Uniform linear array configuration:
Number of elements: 48
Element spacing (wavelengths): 1
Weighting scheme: blackman
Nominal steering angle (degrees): -15
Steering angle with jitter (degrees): -13.327
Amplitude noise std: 0.05
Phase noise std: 0.05

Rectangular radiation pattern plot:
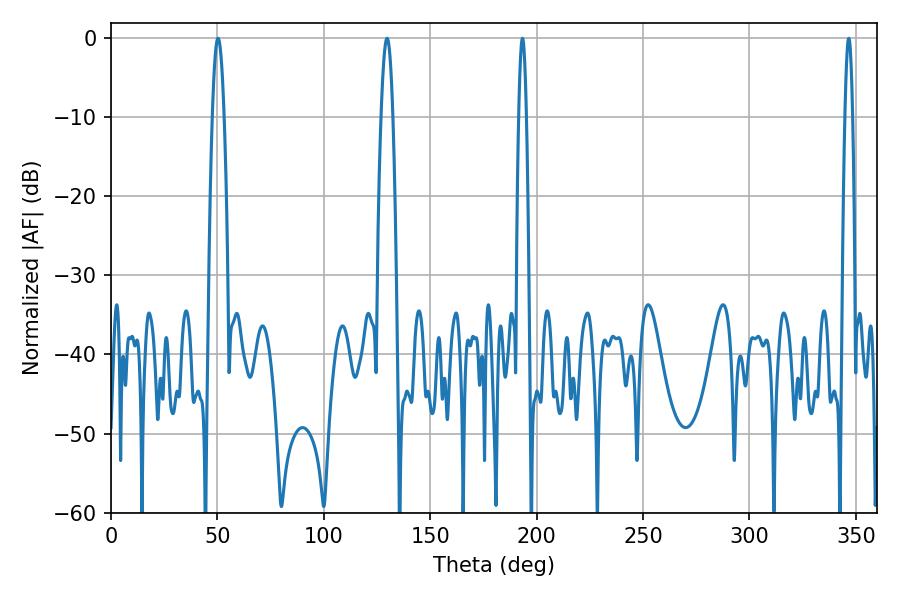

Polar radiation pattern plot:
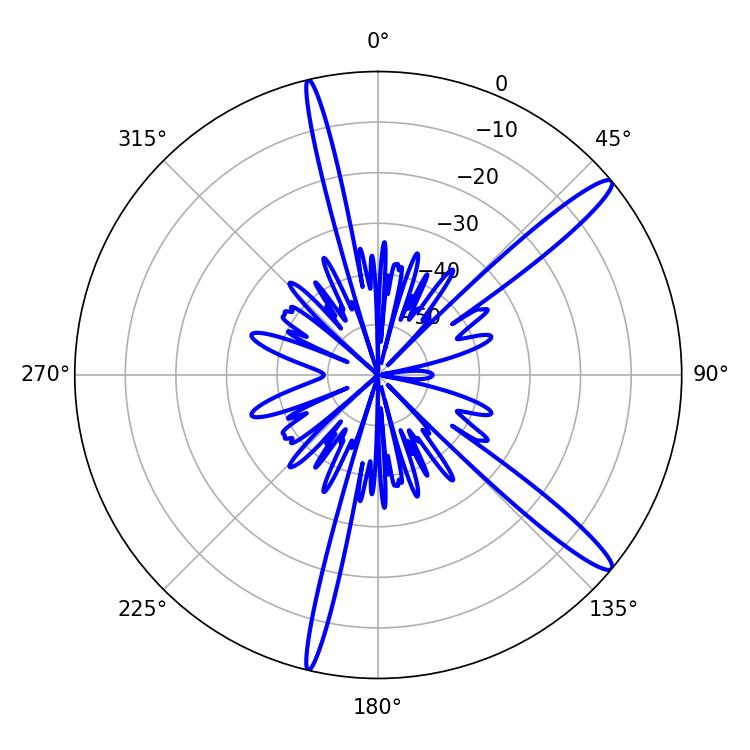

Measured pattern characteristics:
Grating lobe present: TRUE
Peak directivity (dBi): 14.47
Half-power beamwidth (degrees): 1.8
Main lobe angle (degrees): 193.32